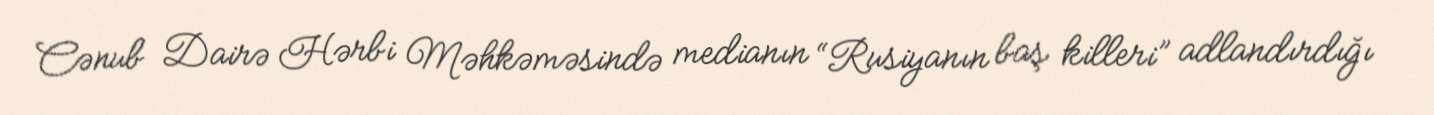
Cənub Dairə Hərbi Məhkəməsində medianın “Rusiyanın baş killeri” adlandırdığı